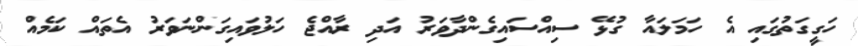
ހަގީގަތުގައި އެ ހަމަލައާ ގުޅޭ ސިއްސައިގެންދާވަރު އަދި ރާއްޖެ ހަލުވައިގަންނަވަރު އެތައް ކަމެއް